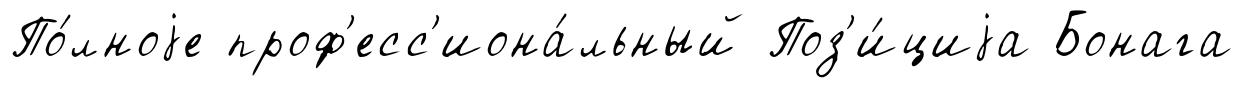
По́лноjе проф'есс'иона́льный Поз'и́циjа Бонага